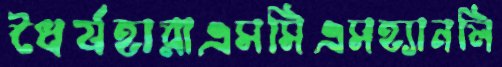
ধৈর্যহারাএসসিএসহ্যানলি